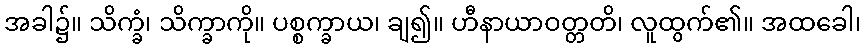
အခါ၌။ သိက္ခံ၊ သိက္ခာကို။ ပစ္စက္ခာယ၊ ချ၍။ ဟီနာယာဝတ္တတိ၊ လူထွက်၏။ အထခေါ၊